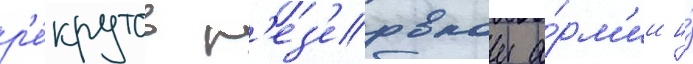
р'е́крутов р'ез'ервнои а́рм'ии и́